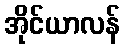
အိုင်ယာလန်